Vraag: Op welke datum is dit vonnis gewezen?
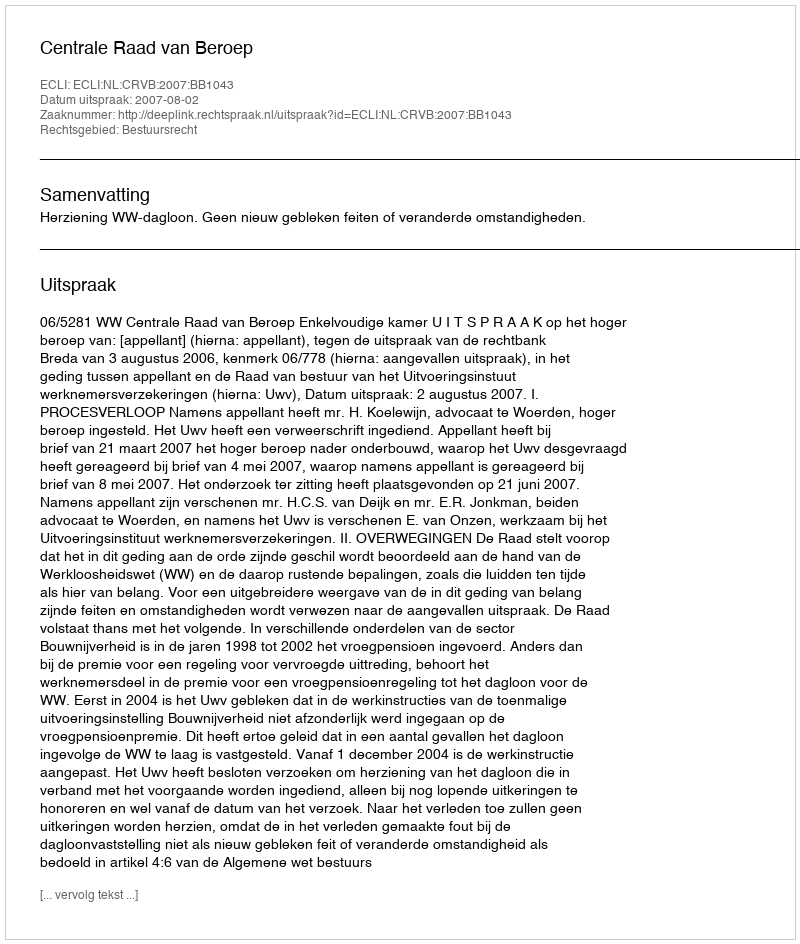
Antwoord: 2007-08-02